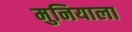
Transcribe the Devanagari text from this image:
मुनियाला